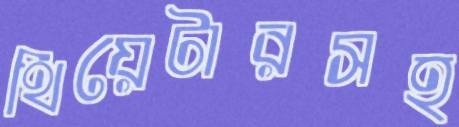
থিয়েটারসহ